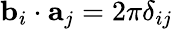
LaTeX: \mathbf{b}_{i}\cdot\mathbf{a}_{j}=2\pi\delta_{ij}